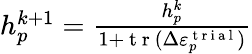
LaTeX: \begin{array}{r}{h_{p}^{k+1}=\frac{h_{p}^{k}}{1+\mathrm{~t~r~}(\Delta\varepsilon_{p}^{\mathrm{~t~r~i~a~l~}})}}\end{array}